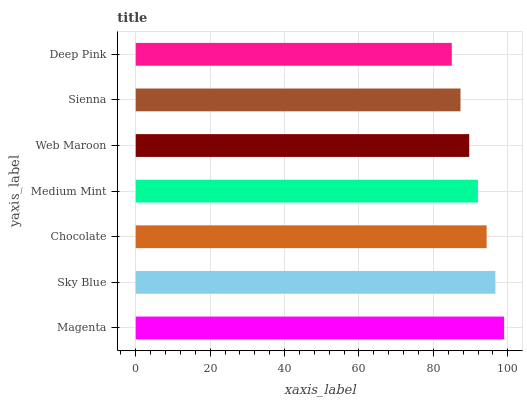
| yaxis_label | bars |
 | --- | --- |
 | Magenta | 99 |
 | Sky Blue | 96.7 |
 | Chocolate | 94.3 |
 | Medium Mint | 92 |
 | Web Maroon | 89.6 |
 | Sienna | 87.3 |
 | Deep Pink | 84.9 |